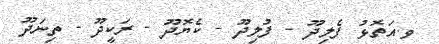
ވ.އަތޮޅު ފެލިދޫ - ފުލިދޫ - ކެޔޮދޫ - ރަކީދޫ - ތިނަދޫ